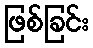
ဖြစ်ခြင်း